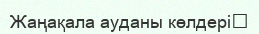
Жаңақала ауданы көлдері‎